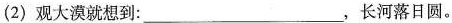
(2) 观大漠就想到：___，长河落日圆。